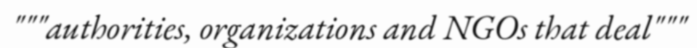
"""authorities, organizations and NGOs that deal"""